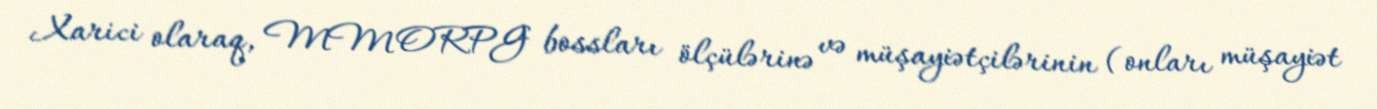
Xarici olaraq, MMORPG bossları ölçülərinə və müşayiətçilərinin (onları müşayiət